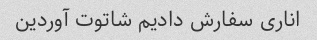
اناری سفارش دادیم شاتوت آوردین